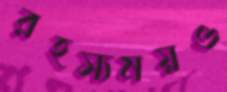
রহস্যময়ও